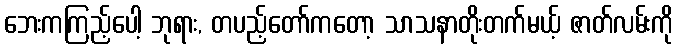
ဘေးကကြည့်ပေါ့ ဘုရား, တပည့်တော်ကတော့ သာသနာတိုးတက်မယ့် ဇာတ်လမ်းကို